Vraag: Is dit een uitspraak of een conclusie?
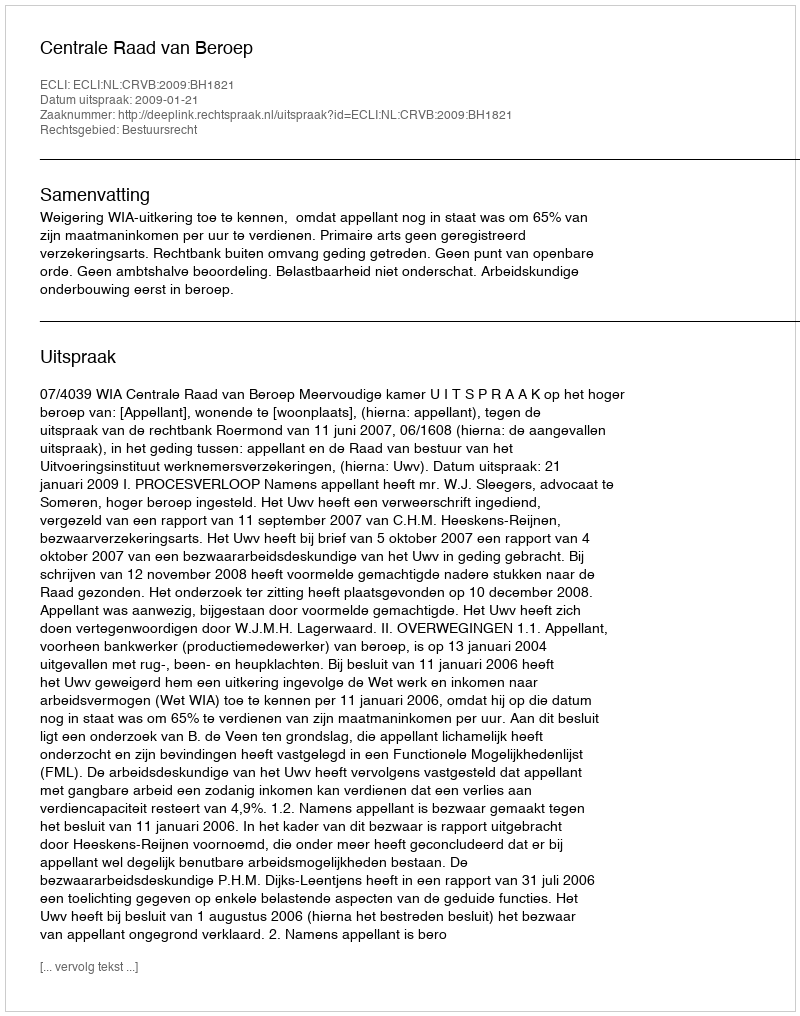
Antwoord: Uitspraak